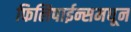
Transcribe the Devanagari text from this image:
फिलिपाईन्समधून